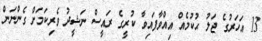
13 އަހަރުގެ ޖަލު ޙުކުމެއް އިއްވާފައިވާ ކުރީގެ ރައީސް ނަޝީދު ވެރިކަމަށް ގެންނަން